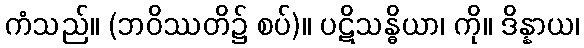
ကံသည်။ (ဘဝိဿတိ၌ စပ်)။ ပဋိသန္ဓိယာ၊ ကို။ ဒိန္နာယ၊